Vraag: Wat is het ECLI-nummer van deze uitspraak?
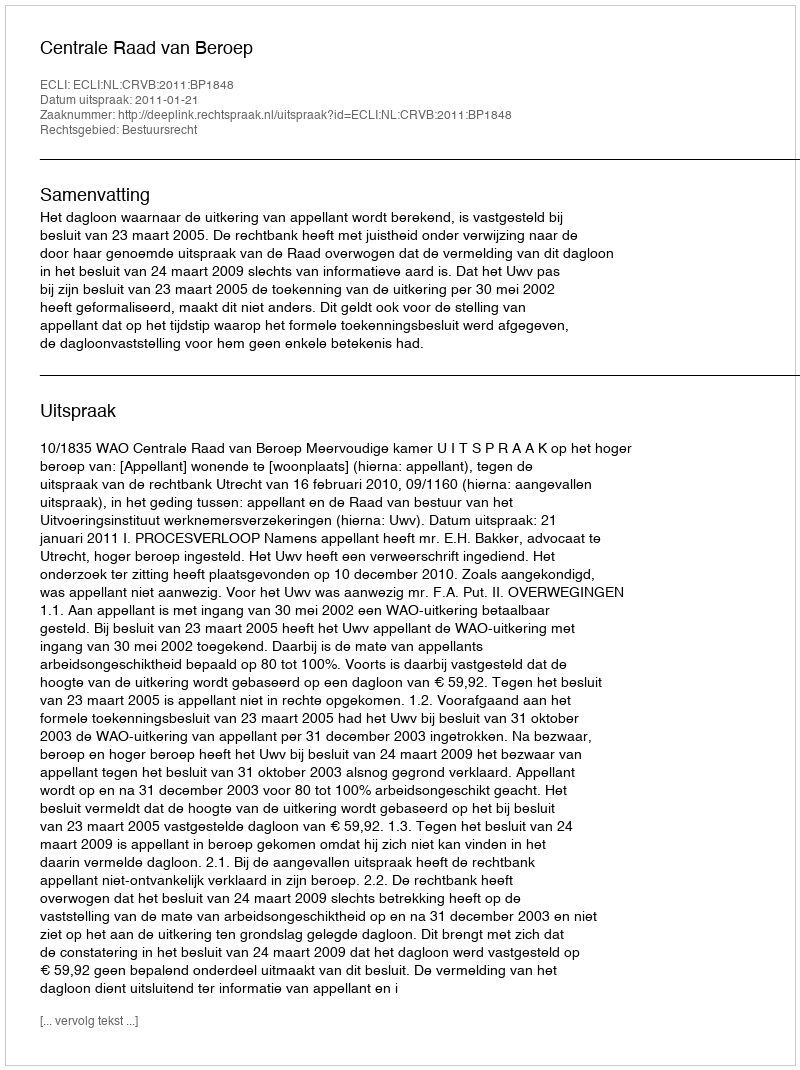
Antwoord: ECLI:NL:CRVB:2011:BP1848